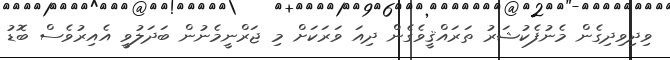
ވިދިވިދިގެން މެނުފެކުޝަރު ތަރައްޤީވެގެން ދިއަ ވަރަކަށް މި ޖަރްނީމެނުން ބަދަލުވީ އެއިރުވެސް ބޮޑު